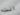
انت